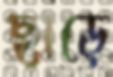
ছাড়ে